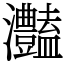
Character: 灎